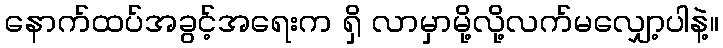
နောက်ထပ်အခွင့်အရေးက ရှိ လာမှာမို့လို့လက်မလျှော့ပါနဲ့။